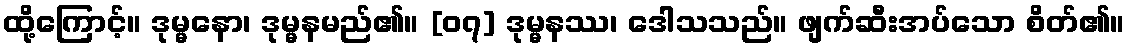
ထို့ကြောင့်။ ဒုမ္မနော၊ ဒုမ္မနမည်၏။ [၀၇] ဒုမ္မနဿ၊ ဒေါသသည်။ ဖျက်ဆီးအပ်သော စိတ်၏။